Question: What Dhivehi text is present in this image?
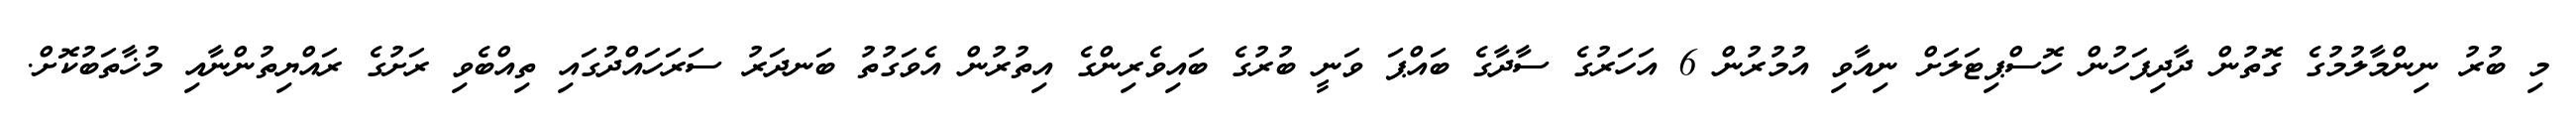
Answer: މި ބުރު ނިންމާލުމުގެ ގޮތުން ދާދިފަހުން ހޮސްޕިޓަލަށް ނިއާވި އުމުރުން 6 އަހަރުގެ ސާދާގެ ބައްޕަ ވަނީ ބުރުގެ ބައިވެރިންގެ އިތުރުން އެވަގުތު ބަނދަރު ސަރަހައްދުގައި ތިއްބެވި ރަށުގެ ރައްޔިތުންނާއި މުޚާތަބުކޮށް.